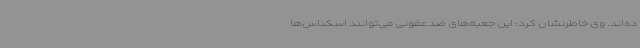
ده‌اند. وی خاطرنشان کرد: این جعبه‌های ضدعفونی می‌توانند اسکناس‌ها